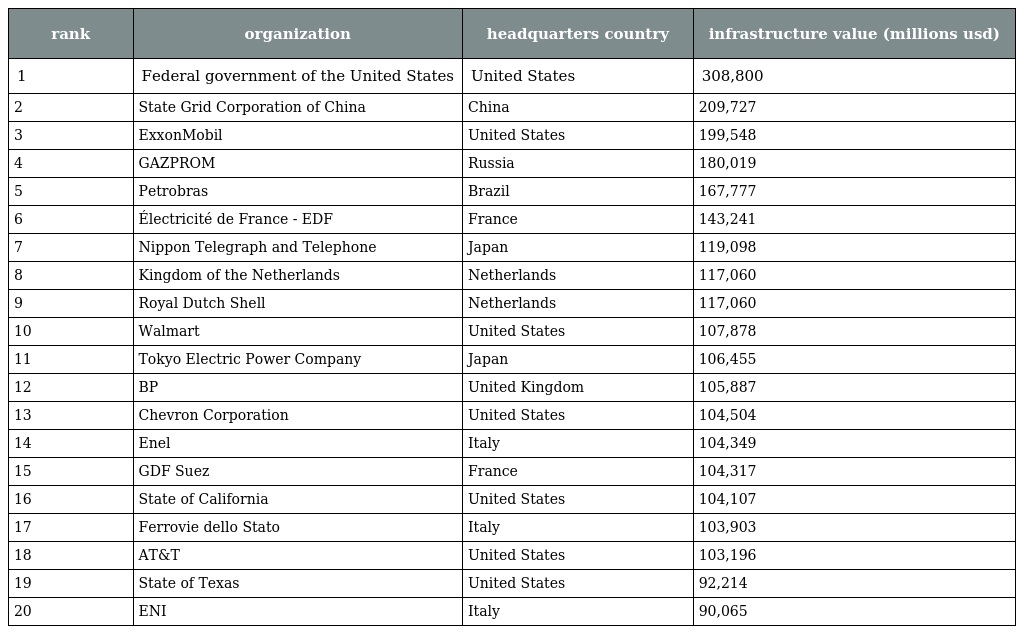
| rank | organization | headquarters country | infrastructure value (millions usd) |
 | --- | --- | --- | --- |
 | 1 | Federal government of the United States | United States | 308,800 |
 | 2 | State Grid Corporation of China | China | 209,727 |
 | 3 | ExxonMobil | United States | 199,548 |
 | 4 | GAZPROM | Russia | 180,019 |
 | 5 | Petrobras | Brazil | 167,777 |
 | 6 | Électricité de France - EDF | France | 143,241 |
 | 7 | Nippon Telegraph and Telephone | Japan | 119,098 |
 | 8 | Kingdom of the Netherlands | Netherlands | 117,060 |
 | 9 | Royal Dutch Shell | Netherlands | 117,060 |
 | 10 | Walmart | United States | 107,878 |
 | 11 | Tokyo Electric Power Company | Japan | 106,455 |
 | 12 | BP | United Kingdom | 105,887 |
 | 13 | Chevron Corporation | United States | 104,504 |
 | 14 | Enel | Italy | 104,349 |
 | 15 | GDF Suez | France | 104,317 |
 | 16 | State of California | United States | 104,107 |
 | 17 | Ferrovie dello Stato | Italy | 103,903 |
 | 18 | AT&T | United States | 103,196 |
 | 19 | State of Texas | United States | 92,214 |
 | 20 | ENI | Italy | 90,065 |